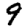
Digit: 9